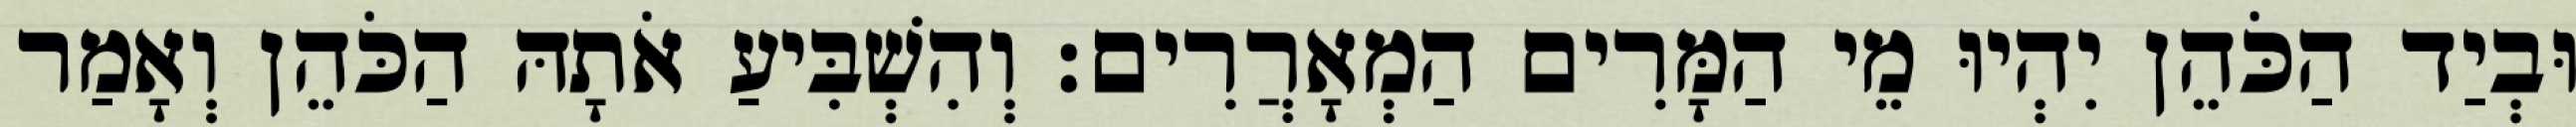
וּבְיַד הַכֹּהֵן יִהְיוּ מֵי הַמָּרִים הַמְאָרֲרִים׃ וְהִשְׁבִּיעַ אֹתָהּ הַכֹּהֵן וְאָמַר